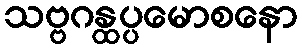
သဗ္ဗဂန္ထပ္ပမောစနော